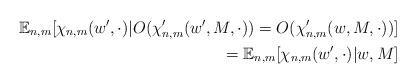
LaTeX: \begin{align*} \mathbb{E}_{n,m} [ \chi_{n,m}(w', \cdot) | O(\chi_{n,m}'(w', M, \cdot)) = O(\chi_{n,m}'(w, M, \cdot))] \\ = \mathbb{E}_{n,m} [ \chi_{n,m}(w', \cdot) | w, M]\end{align*}